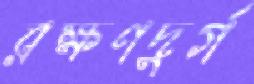
রক্ষণদুর্গ